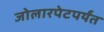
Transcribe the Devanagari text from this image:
जोलारपेटपर्यंत